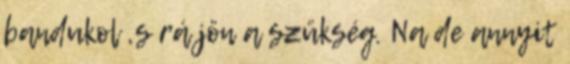
bandukol ,s rá jön a szükség. Na de annyit